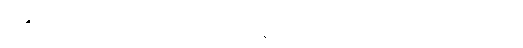
အဲဒီ အလုပ်က လခများပေမဲ့ လုပ်ငန်းခွင် အခွင့်အရေးကမ ကောင်းဘူး။